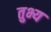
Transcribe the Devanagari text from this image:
तुभ्य